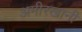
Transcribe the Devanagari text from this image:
अमीरखानी